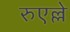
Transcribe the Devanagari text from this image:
रुएल्ले